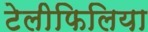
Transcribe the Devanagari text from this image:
टेलीफिलिया